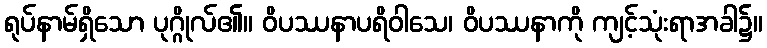
ရုပ်နာမ်ရှိသော ပုဂ္ဂိုလ်၏။ ဝိပဿနာပရိဝါသေ၊ ဝိပဿနာကို ကျင့်သုံးရာအခါ၌။